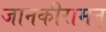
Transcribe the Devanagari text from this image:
जानकीरामन्